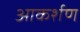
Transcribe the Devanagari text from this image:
आकर्शण